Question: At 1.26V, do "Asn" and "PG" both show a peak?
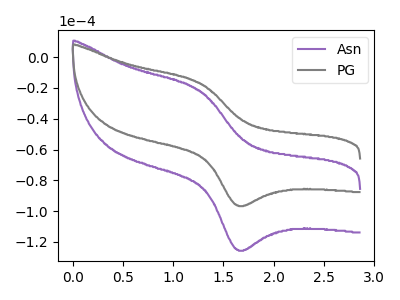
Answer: <think>The purple curve "Asn" has an anodic peak at (1.25V, -21.55uA) and a cathodic peak at (1.65V, -125.30uA). The gray curve "PG" has an anodic peak at (1.25V, -16.55uA) and a cathodic peak at (1.65V, -96.40uA).</think>
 <answer>Yes, "Asn" and "PG" share a peak at 1.26V.</answer>
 <eval>match</eval>